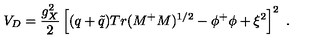
V _ { D } = { \frac { g _ { X } ^ { 2 } } { 2 } } \left[ ( q + { \tilde { q } } ) T r ( M ^ { + } M ) ^ { 1 / 2 } - \phi ^ { + } \phi + \xi ^ { 2 } \right] ^ { 2 } \ .